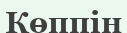
Көппін